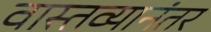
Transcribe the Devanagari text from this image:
वास्तव्यानंतर